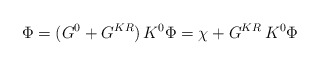
\begin{align*}\Phi=(G^0+G^{KR})\,K^0\Phi=\chi+G^{KR}\,K^0\Phi\end{align*}